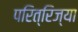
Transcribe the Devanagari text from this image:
परित्रिज्या